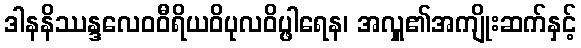
ဒါနနိဿန္ဒလေဝဝီရိယဝိပုလဝိပ္ဖါရေန၊ အလှူ၏အကျိုးဆက်နှင့်